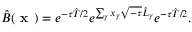
\hat { B } ( \textbf { x } ) = e ^ { - \tau \hat { T } / 2 } e ^ { \sum _ { \gamma } x _ { \gamma } \sqrt { - \tau } \hat { L } _ { \gamma } } e ^ { - \tau \hat { T } / 2 } .